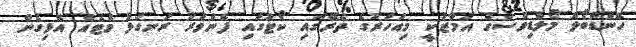
ހޭންޑްބޯލް މޯލްޑިވްސްގެ އަމާޒަކީ މިއަހަރުގެ ތެރޭގައި ކޯޓުގައި ފެންވަރު ރަނގަޅު މެޓެއް އެޅިގެން